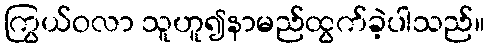
ကြွယ်ဝလာ သူဟူ၍နာမည်ထွက်ခဲ့ပါသည်။